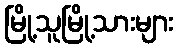
မြို့သူမြို့သားများ